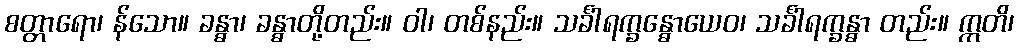
စတ္တာရော၊ န်သော။ ခန္ဓာ၊ ခန္ဓာတို့တည်း။ ဝါ၊ တစ်နည်း။ သင်္ခါရက္ခန္ဓောယေဝ၊ သင်္ခါရက္ခန္ဓာ တည်း။ ဣတိ၊